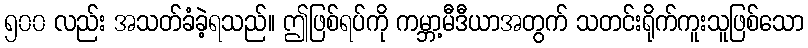
၅၀၀ လည်း အသတ်ခံခဲ့ရသည်။ ဤဖြစ်ရပ်ကို ကမ္ဘာ့မီဒီယာအတွက် သတင်းရိုက်ကူးသူဖြစ်သော